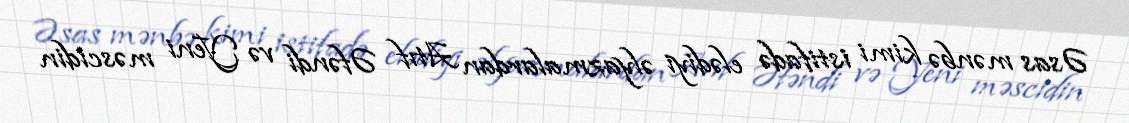
Əsas mənbə kimi istifadə elədiyi əlyazmalardan Atıf Əfəndi və Yeni məscidin